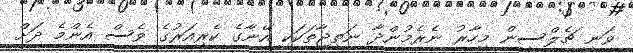
ވަނީ ޗެލްސީން މިހާރު ނެރެމުންދާ ނަތީޖާތަކަކީ އޭނާގެ ކެރިއަރުގެ ވެސް އެންމެ ދަށް